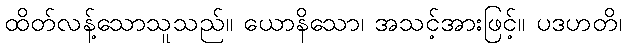
ထိတ်လန့်သောသူသည်။ ယောနိသော၊ အသင့်အားဖြင့်။ ပဒဟတိ၊